Indian journal of veterinary science and animal husbandry - Volumes 15-17, 1948-1951
Year: 1948
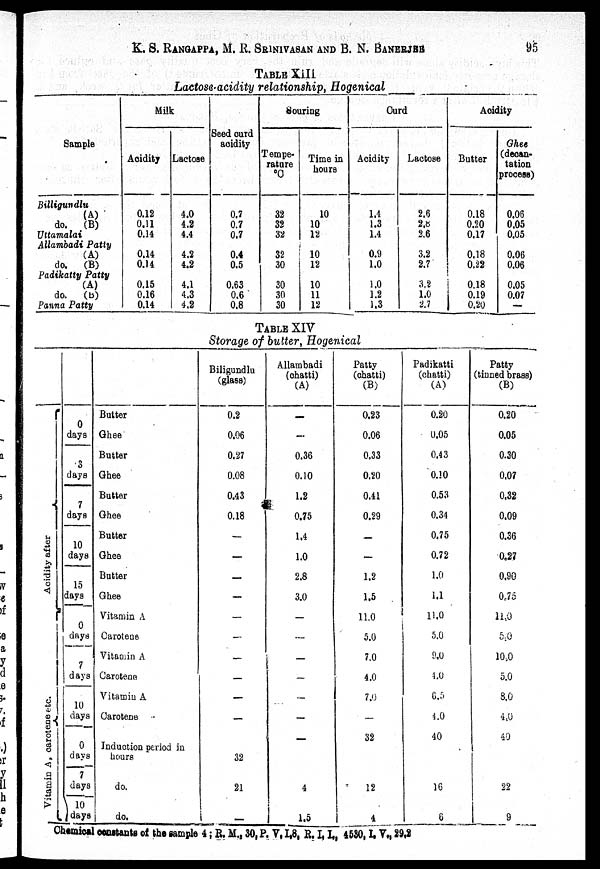
K. S. RANGAPPA, M. R. SRINIVASAN AND B. N. BANERJEE 95
TABLE XIII
Lactose-acidity relationship, Hogenical
Sample
Billigundlu
(A)
do.
(B)
Uttamalai
Allambadi Patty
(A)
do.
(B)
Padikatty Patty
(A)
do.
(B)
Panna Patty
Milk
Acidity
0.12
0.11
0.14
0.14
0.14
0.15
0.16
0.14
Lactose
4.0
4.2
4.4
4.2
4.2
4.1
4.3
4.2
Seed curd
acidity
0.7
0.7
0.7
0.4
0.5
0.63
0.6
0.8
Souring
Tempe-
rature
°C
32
32
32
32
30
30
30
30
Time in
hours
10
10
12
10
12
10
11
12
Curd
Acidity
1.4
1.3
1.4
0.9
1.0
1.0
1.2
1.3
Lactose
2.6
2.8
2.6
3.2
2.7
3.2
1.0
2.7
Acidity
Butter
0.18
0.20
0.17
0.18
0.22
0.18
0.19
0.20
Ghee
(decan-
tation
process)
0.06
0.05
0.05
0.06
0.06
0.05
0.07
—
TABLE XIV
Storage of butter, Hogenical
Acidity after
Vitamin A, carotene etc.
0
days
3
days
7
days
10
days
15
days
0
days
7
days
10
days
0
days
7
days
10
days
Butter
Ghee
Butter
Ghee
Butter
Ghee
Butter
Ghee
Butter
Ghee
Vitamin A
Carotene
Vitamin A
Carotene
Vitamin A
Carotene
Induction period in
hours
do.
do.
Biligundlu
(glass)
0.2
0.06
0.27
0.08
0.43
0.18
—
—
—
—
—
—
—
—
—
—
—
32
21
—
Allambadi
(chatti)
(A)
—
—
0.36
0.10
1.2
0.75
1.4
1.0
2.8
3.0
—
—
—
—
4
1.5
Patty
(chatti)
(B)
0.23
0.06
0.33
0.20
0.41
0.29
—
—
1.2
1.5
11.0
5.0
7.0
4.0
7.0
—
32
12
4
Padikatti
(chatti)
(A)
0.20
0.05
0.43
0.10
0.53
0.34
0.75
0.72
1.0
1.1
11.0
5.0
9.0
4.0
6.5
4.0
40
16
6
Patty
(tinned brass)
(B)
0.20
0.05
0.30
0.07
0.32
0.09
0.36
0.27
0.90
0.75
11.0
5.0
10.0
5.0
8.0
4.0
40
22
9
Chemical constants of the sample 4 ; R. M., 30, P. V, I,8, R. I, I., 4530, I, V., 29,2